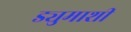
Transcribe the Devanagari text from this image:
ड्युमाशी